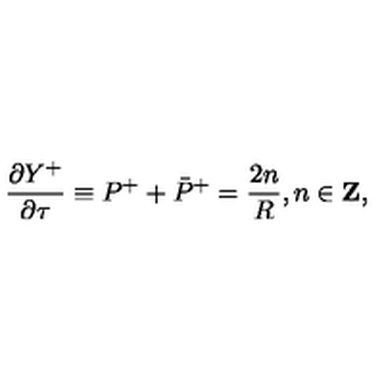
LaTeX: \frac { \partial Y ^ { + } } { \partial \tau } \equiv P ^ { + } + \bar { P } ^ { + } = \frac { 2 n } { R } , n \in { \bf Z } ,